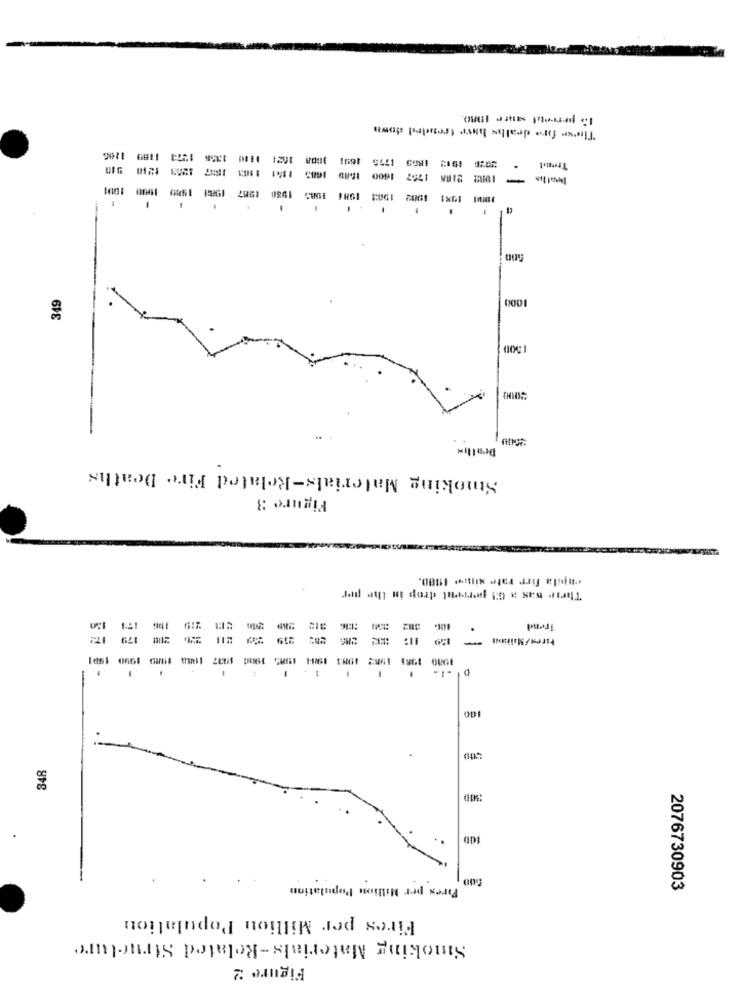
15 perreuil sante 198O.
Theor fire deaths have trended down
1001 08 102: 1110 1358 1373 1189 1286
1600
1707
Boathe
349
1000
1300
4000
Drallin
Smoking Materials-Related Fire Deaths
Figure 3
capila Forr rate since 1980.
Their was a Gl pervent drop in the per
150
174
Trend
179
211
-
100
348
300
Fires per Million Population
2076730903
Fires per Million Population
Smoking Materials-Related Structure
Figure 2